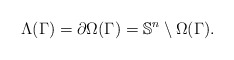
\begin{align*}\Lambda(\Gamma)=\partial\Omega(\Gamma)=\mathbb{S}^n\setminus\Omega(\Gamma).\end{align*}